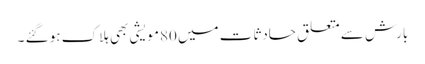
بارش سے متعلق حادثات میں 80مویشی بھی ہلاک ہو گئے ۔